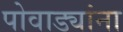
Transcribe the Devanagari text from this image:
पोवाड्यांना